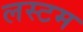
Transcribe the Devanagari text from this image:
लस्टम